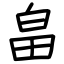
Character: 畠